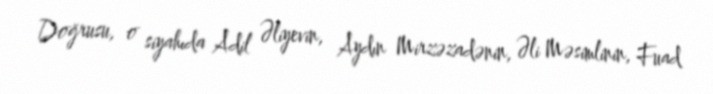
Doğrusu, o siyahıda Adil Əliyevin, Aydın Mirzəzadənin, Əli Məsimlinin, Fuad